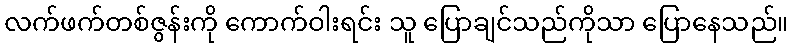
လက်ဖက်တစ်ဇွန်းကို ကောက်ဝါးရင်း သူ ပြောချင်သည်ကိုသာ ပြောနေသည်။